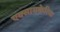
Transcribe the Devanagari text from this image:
एक्सायकेरिया